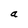
Character: a